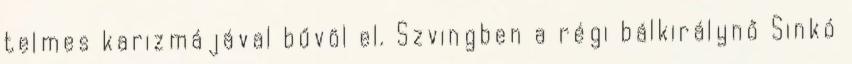
telmes karizmájával bűvöl el. Szvingben a régi bálkirálynő Sinkó